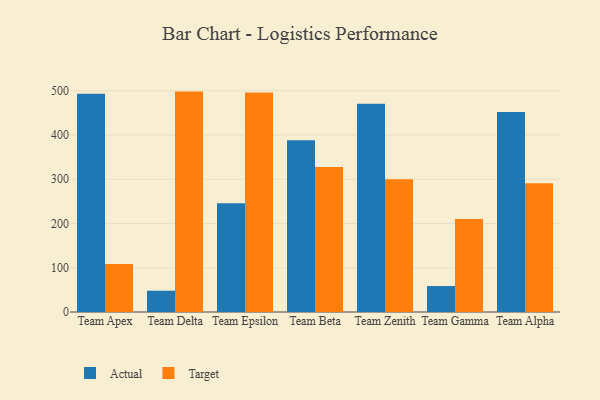
{"axis": {"x": "Team", "y": "Website Visitors"}, "legend": ["Actual", "Target"], "data": [{"x": "Team Apex", "y": 493.2, "type": "Actual"}, {"x": "Team Apex", "y": 108.6, "type": "Target"}, {"x": "Team Delta", "y": 48.1, "type": "Actual"}, {"x": "Team Delta", "y": 498.2, "type": "Target"}, {"x": "Team Epsilon", "y": 246.0, "type": "Actual"}, {"x": "Team Epsilon", "y": 496.3, "type": "Target"}, {"x": "Team Beta", "y": 388.1, "type": "Actual"}, {"x": "Team Beta", "y": 327.6, "type": "Target"}, {"x": "Team Zenith", "y": 470.5, "type": "Actual"}, {"x": "Team Zenith", "y": 300.3, "type": "Target"}, {"x": "Team Gamma", "y": 58.7, "type": "Actual"}, {"x": "Team Gamma", "y": 210.0, "type": "Target"}, {"x": "Team Alpha", "y": 452.3, "type": "Actual"}, {"x": "Team Alpha", "y": 291.2, "type": "Target"}]}